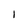
Character: 1